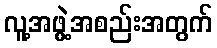
လူ့အဖွဲ့အစည်းအတွက်